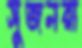
সুজনরা